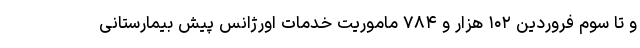
و تا سوم فروردین ۱۰۲ هزار و ۷۸۴ ماموریت خدمات اورژانس پیش بیمارستانی